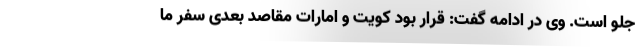
جلو است. وی در ادامه گفت: قرار بود کویت و امارات مقاصد بعدی سفر ما